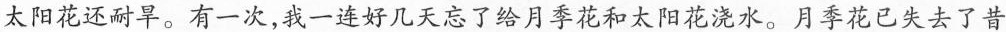
太阳花还耐旱。有一次，我一连好几天忘了给月季花和太阳花浇水。月季花已失去了昔